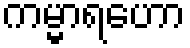
ကမ္မာရဟော